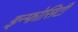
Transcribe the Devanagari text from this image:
इन्फोसिटी